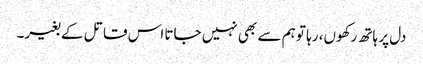
دل پر ہاتھ رکھوں، رہا تو ہم سے بھی نہیں جاتا اس قاتل کے بغیر۔